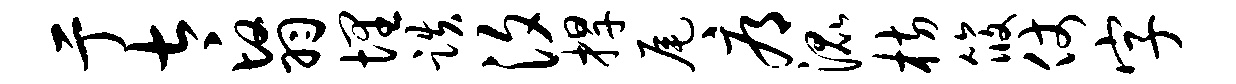
亍太翳埋跌汐捍尾辱混枋筱仗字